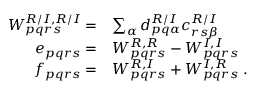
\begin{array} { r l } { W _ { p q r s } ^ { R / I , R / I } = } & { \sum _ { \alpha } d _ { p q \alpha } ^ { R / I } c _ { r s \beta } ^ { R / I } } \\ { e _ { p q r s } = } & { W _ { p q r s } ^ { R , R } - W _ { p q r s } ^ { I , I } } \\ { f _ { p q r s } = } & { W _ { p q r s } ^ { R , I } + W _ { p q r s } ^ { I , R } \; . } \end{array}